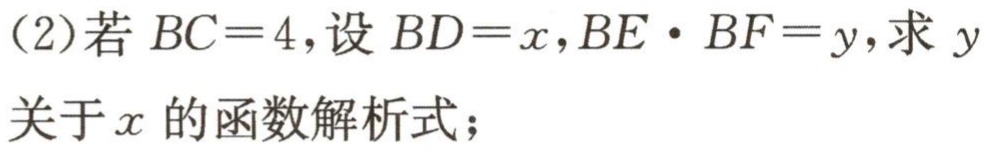
(2)若 \(BC = 4\)，设 \(BD = x\)，\(BE\cdot BF = y\)，求 \(y\)关于 \(x\)的函数解析式；